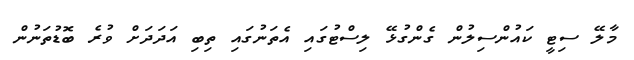
މާލޭ ސިޓީ ކައުންސިލުން ގެންގުޅޭ ލިސްޓުގައި އެތަނުގައި ތިބި އަދަދަށް ވުރެ ބޮޑުތަނުން